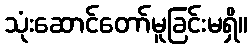
သုံးဆောင်တော်မူခြင်းမရှိ။